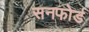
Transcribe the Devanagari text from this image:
सनफोर्ड